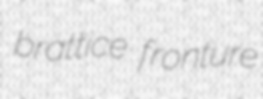
brattice fronture